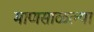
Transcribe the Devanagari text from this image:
माणसाळल्या